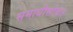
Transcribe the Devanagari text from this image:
समाधीसोबत